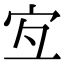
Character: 宐